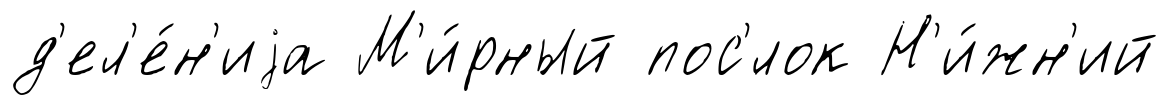
д'ел'е́н'иjа М'и́рный пос'́лок Н'и́жн'ий